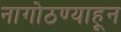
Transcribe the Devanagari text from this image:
नागोठण्याहून